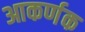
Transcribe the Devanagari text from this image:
आकर्णक